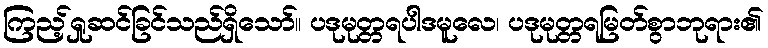
ကြည့်ရှုဆင်ခြင်သည်ရှိသော်။ ပဒုမုတ္တရပါဒမူလေ၊ ပဒုမုတ္တရမြတ်စွာဘုရား၏